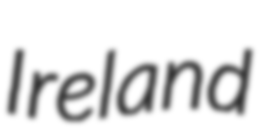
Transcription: Ireland